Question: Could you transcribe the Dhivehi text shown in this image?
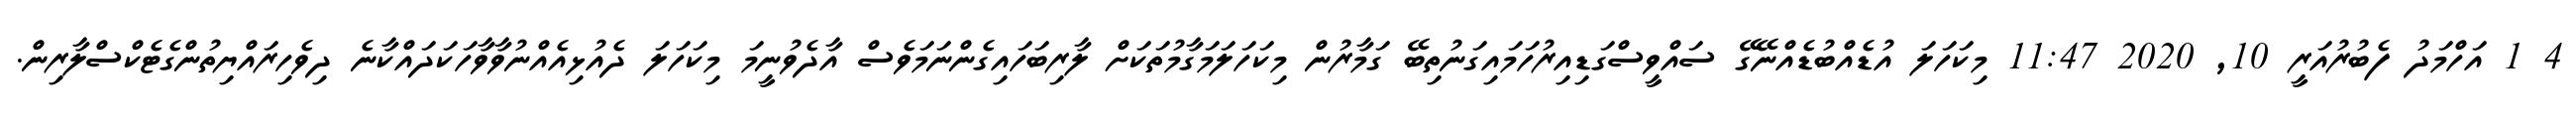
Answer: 4 1 އަހްމަދު ފެބުރުއަރީ 10, 2020 11:47 މިކަހަލަ އުޑެއްބުޑެއްނޭގޭ ސައްވީސްގަޑިއިރުހަމައިގަނުތިބޭ ގަމާރުން މިކަހަލަމަގާމުތަކަށް ލާރިބަހައިގެންނަމަވެސް އާދެވުނީމަ މިކަހަލަ ދެއުޅިއެއްނުވާވާހަކަދައްކާނެ ދިވެހިރައްޔިތުންގެޓެކްސްލާރިން.